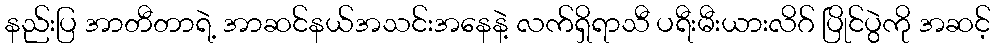
နည်းပြ အာတီတာရဲ့ အာဆင်နယ်အသင်းအနေနဲ့ လက်ရှိရာသီ ပရီးမီးယားလိဂ် ပြိုင်ပွဲကို အဆင့်